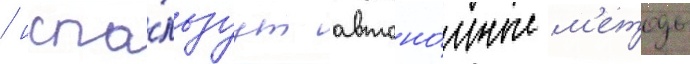
/ испо́льзуут автоно́мные м'етоды